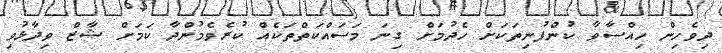
ދިވެހިން ހިއްސާވާ ކުންފުނިތަކަށް ހެދުމަށް ގިނަ މަސައްކަތްތަކެއް ކުރެެވެމުންދާ ކަމަށް ޝާޒް ވިދާޅުވި